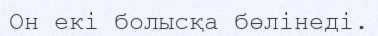
Он екі болысқа бөлінеді.